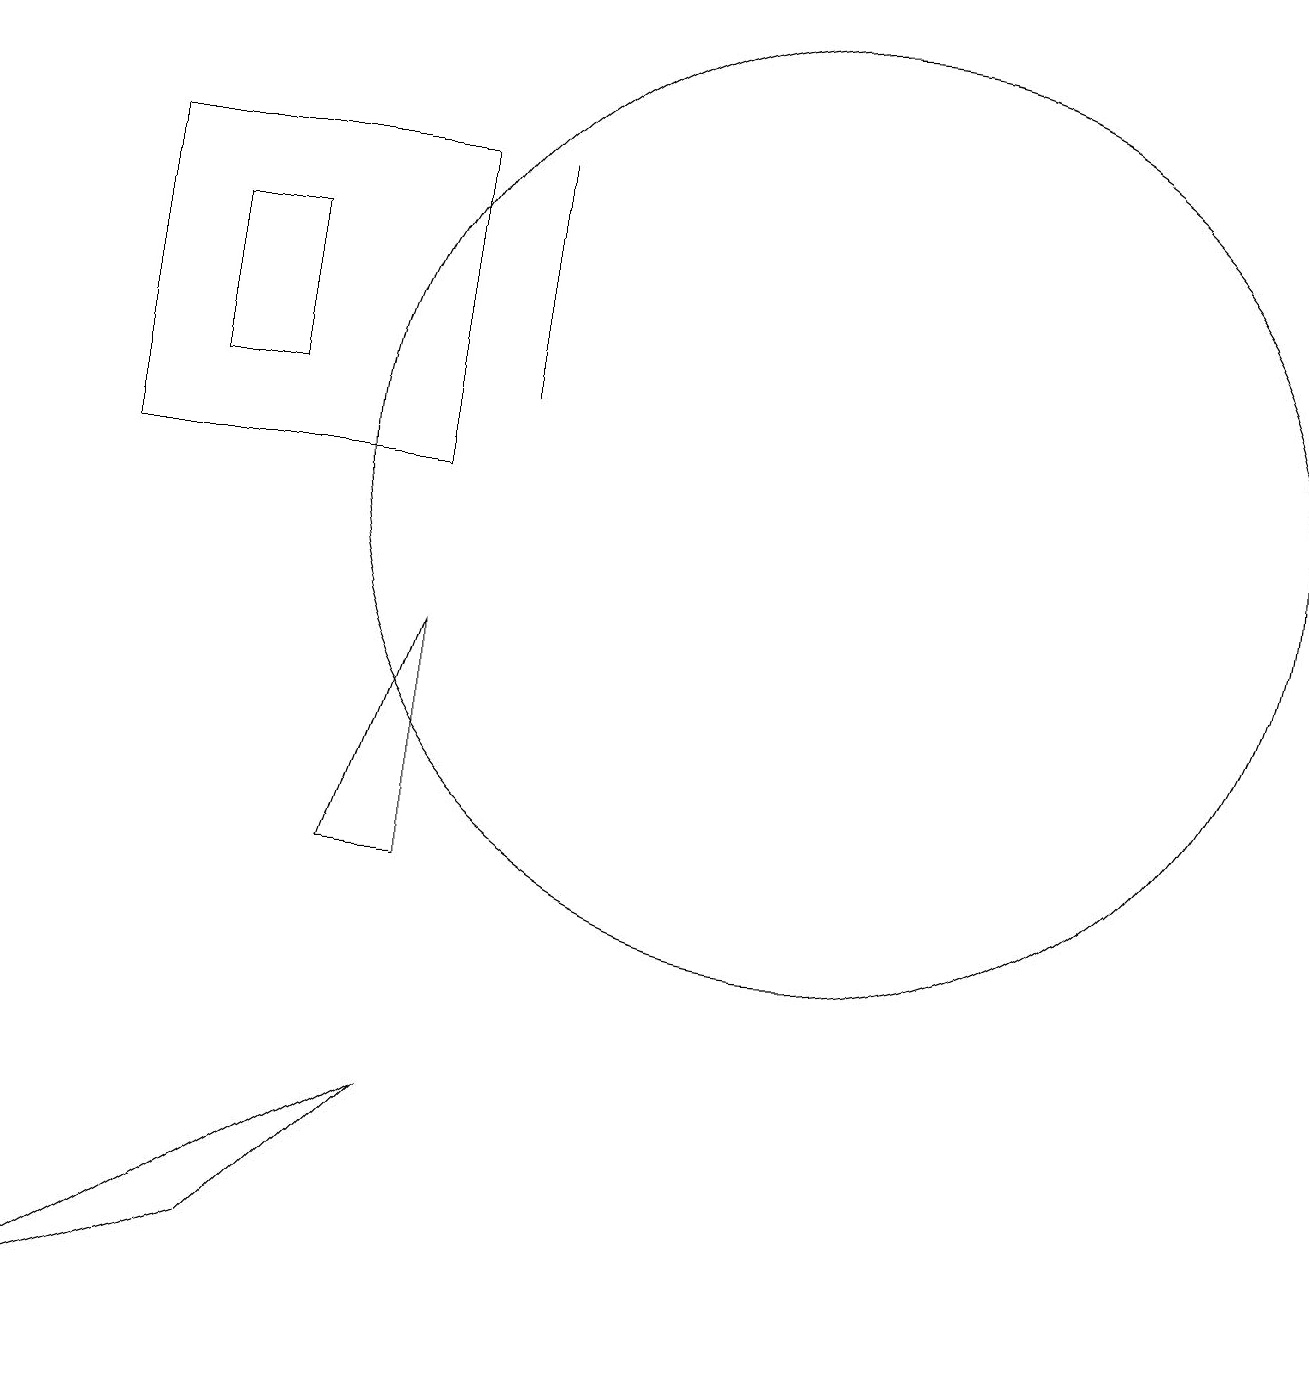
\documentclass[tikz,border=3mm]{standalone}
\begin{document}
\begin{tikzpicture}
\draw (6,12) rectangle (6,15);
\draw (10,11) circle (6);
\draw (0,0) -- (5,3) -- (3,1) -- cycle;
\draw (5,6) -- (4,6) -- (5,9) -- cycle;
\draw (3,12) rectangle (2,14);
\draw (5,11) rectangle (1,15);
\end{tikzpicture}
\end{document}